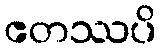
ဧတဿပိ